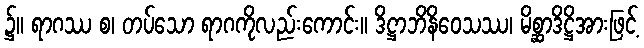
၌။ ရာဂဿ စ၊ တပ်သော ရာဂကိုလည်းကောင်း။ ဒိဋ္ဌာဘိနိဝေသဿ၊ မိစ္ဆာဒိဋ္ဌိအားဖြင့်